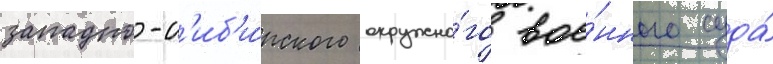
западно-с'иб'и́рского окружно́го вое́нного суда́